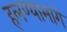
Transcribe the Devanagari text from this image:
हलण्यामागे